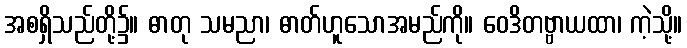
အစရှိသည်တို့၌။ ဓာတု သမညာ၊ ဓာတ်ဟူသောအမည်ကို။ ဝေဒိတဗ္ဗာယထာ၊ ကဲ့သို့။